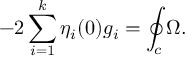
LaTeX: - 2 \sum _ { i = 1 } ^ { k } \eta _ { i } ( 0 ) g _ { i } = \oint _ { c } \Omega .